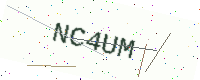
Text: NC4UM